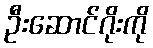
ဦးဆောင်ဂိုးကို